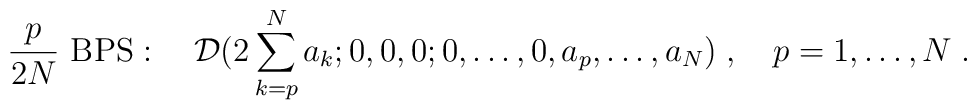
{p\over 2N}\mbox{ BPS}:\quad{\cal D}(2\sum_{k=p}^N a_k;0,0,0;0,\ldots,0,a_p,\ldots,a_N)\;,\quad p=1,\ldots,N\;.